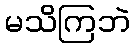
မသိကြဘဲ